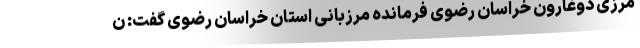
مرزی دوغارون خراسان رضوی فرمانده مرزبانی استان خراسان رضوی گفت: ن